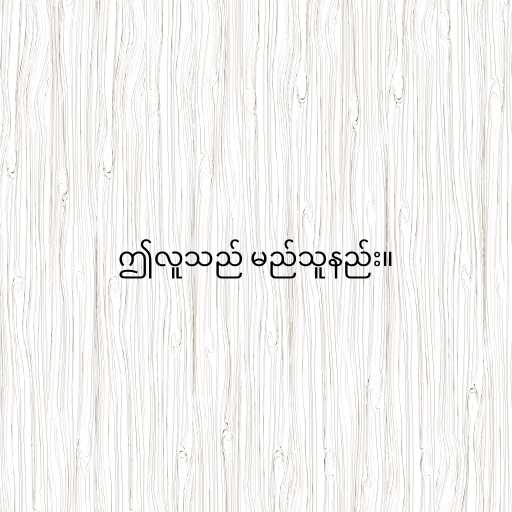
ဤလူသည် မည်သူနည်း။